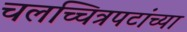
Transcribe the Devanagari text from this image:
चलच्चित्रपटांच्या